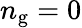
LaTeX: n_{\mathrm{g}}=0